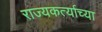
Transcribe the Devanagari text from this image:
राज्यकर्त्याच्या